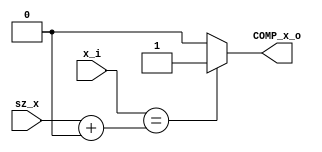
/******************************************************************
*Module name : x_i_COMP
*Type        : Verilog Module
*
*Description : auxiliar counter reg 
*------------------------------------------------------------------
*	clocks    : posedge clock "clk"
*	reset		 : sync rstn
* 
*Parameters  : none
*
******************************************************************/

module x_i_COMP(
	input [5:0] x_i,
	input [4:0] sz_x,
	
	output COMP_x_o);

wire [6:0] aux; 

assign aux = {1'b0,sz_x}+6'b000000;  //Caso critico poner 1
	
assign COMP_x_o = (x_i == (aux))?1'b1:1'b0; //Caso de prueba, si es 4 manda 1 a FSM, de lo contrario manda 0 -5'b00001 sz_x 
endmodule